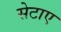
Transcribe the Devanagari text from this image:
सेटाए